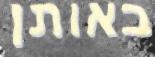
באותן